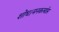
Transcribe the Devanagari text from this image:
शोध।मनकर्त्यास